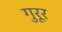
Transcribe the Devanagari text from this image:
गुरूर